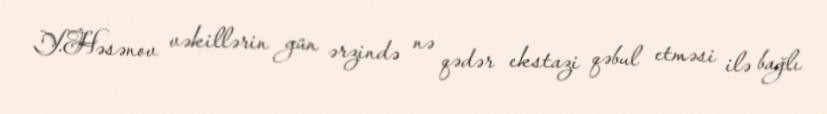
Y.Həsənov vəkillərin gün ərzində nə qədər ekstazi qəbul etməsi ilə bağlı